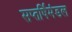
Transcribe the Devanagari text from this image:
सप्तर्षिमंडल